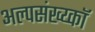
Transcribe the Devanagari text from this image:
अल्पसंख्य्कॉ